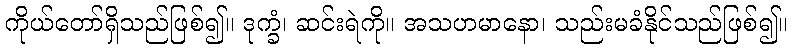
ကိုယ်တော်ရှိသည်ဖြစ်၍။ ဒုက္ခံ၊ ဆင်းရဲကို။ အသဟမာနော၊ သည်းမခံနိုင်သည်ဖြစ်၍။